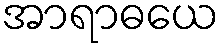
အာရာဓယေ